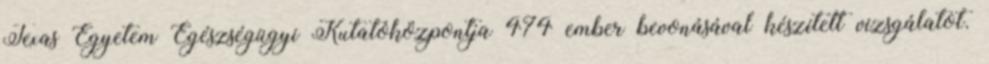
Texas Egyetem Egészségügyi Kutatóközpontja 474 ember bevonásával készített vizsgálatot.